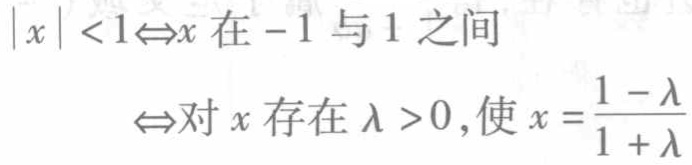
\(|x| < 1\Leftrightarrow x\text{在}-1\text{与}1\text{之间}
\Leftrightarrow\text{对}x\text{存在}\lambda > 0,\text{使}x = \frac{1 - \lambda}{1 + \lambda}\)